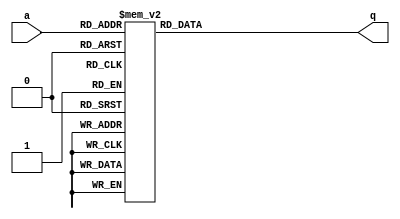
module top_module (
    input [2:0] a,
    output [15:0] q ); 
    
    reg [15:0] out;
    
    always @* begin
        case(a)
            3'b000: out = 16'h1232;
            3'b001: out = 16'haee0;
            3'b010: out = 16'h27d4;
            3'b011: out = 16'h5a0e;
            3'b100: out = 16'h2066;
            3'b101: out = 16'h64ce;
            3'b110: out = 16'hc526;
            3'b111: out = 16'h2f19;
            default: out = 16'h1232;
        endcase
    end
    
    assign q = out;

endmodule